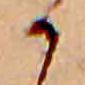
か